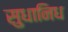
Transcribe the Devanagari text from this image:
सुधानिध